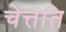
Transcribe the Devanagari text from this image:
चेत्तात